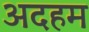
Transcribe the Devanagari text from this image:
अदहम